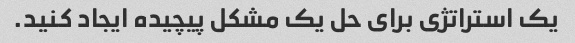
یک استراتژی برای حل یک مشکل پیچیده ایجاد کنید.